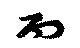
而